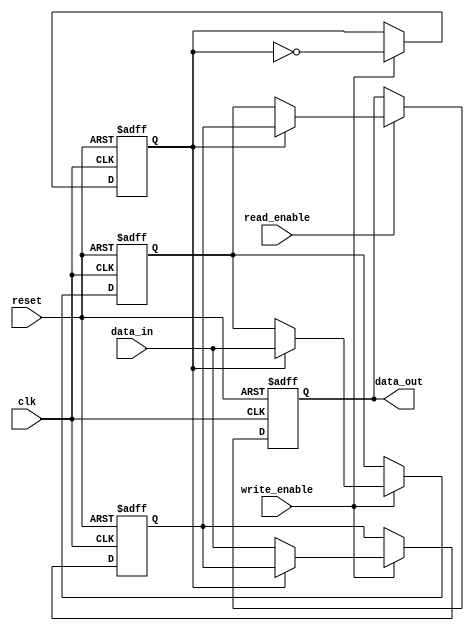
module double_buffer_register (
    input wire clk,                // Clock signal
    input wire reset,              // Asynchronous reset
    input wire [7:0] data_in,      // Input data (8 bits wide)
    input wire write_enable,        // Write enable signal
    input wire read_enable,         // Read enable signal
    output reg [7:0] data_out       // Output data (8 bits wide)
);

    // Internal registers for double buffering
    reg [7:0] buffer_a;            // First buffer
    reg [7:0] buffer_b;            // Second buffer
    reg active_buffer;              // Indicates the active buffer for writing

    // Asynchronous reset logic
    always @(posedge clk or posedge reset) begin
        if (reset) begin
            buffer_a <= 8'b0;       // Clear buffer A
            buffer_b <= 8'b0;       // Clear buffer B
            active_buffer <= 1'b0;   // Set buffer A as the active buffer
            data_out <= 8'b0;        // Clear output data
        end else begin
            // Write operation
            if (write_enable) begin
                if (active_buffer) begin
                    // Write to buffer B
                    buffer_b <= data_in;
                end else begin
                    // Write to buffer A
                    buffer_a <= data_in;
                end
                // Toggle active buffer
                active_buffer <= ~active_buffer;
            end
            
            // Read operation
            if (read_enable) begin
                if (active_buffer) begin
                    // Read from buffer A
                    data_out <= buffer_a;
                end else begin
                    // Read from buffer B
                    data_out <= buffer_b;
                end
            end
        end
    end

endmodule